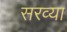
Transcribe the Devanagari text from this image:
सरव्या